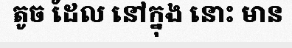
តូច ដែល នៅក្នុង នោះ មាន